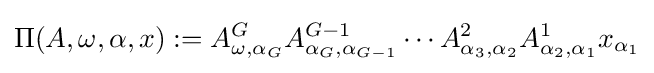
\Pi (A,\omega ,\alpha ,x):=A_{\omega ,\alpha _{G}}^{G}A_{\alpha _{G},\alpha _{G-1}}^{G-1}\dotsb A_{\alpha _{3},\alpha _{2}}^{2}A_{\alpha _{2},\alpha _{1}}^{1}x_{\alpha _{1}}